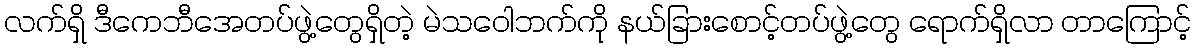
လက်ရှိ ဒီကေဘီအေတပ်ဖွဲ့တွေရှိတဲ့ မဲသဝေါဘက်ကို နယ်ခြားစောင့်တပ်ဖွဲ့တွေ ရောက်ရှိလာ တာကြောင့်